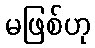
မဖြစ်ဟု